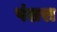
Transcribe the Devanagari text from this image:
पंशरा